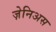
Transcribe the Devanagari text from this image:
ज़ेनिअस